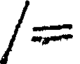
/=